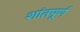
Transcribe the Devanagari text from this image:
शांतपूर्ण